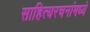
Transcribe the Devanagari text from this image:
साहित्यरचनांमध्ये